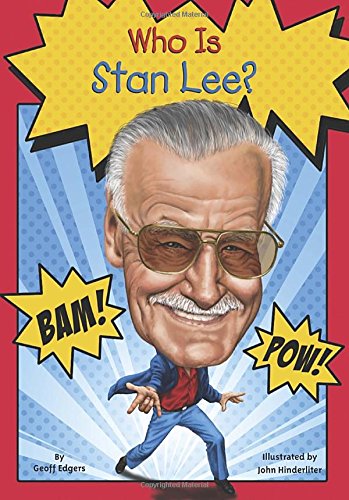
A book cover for Who Is Stan Lee? (Who Was...?); Geoff Edgers; Children's Books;